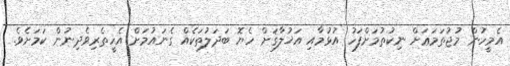
އެމީހުން މުޖުތަމަޢަށް ނިކުތުމަށްފަހު އުޅުމާއި އަޚުލާޤަށް ހެޔޮ ބަދަލުތަކެއް ގެނައުމަށް އެހީތެރިވެދިނުން ކަމަށެވެ.